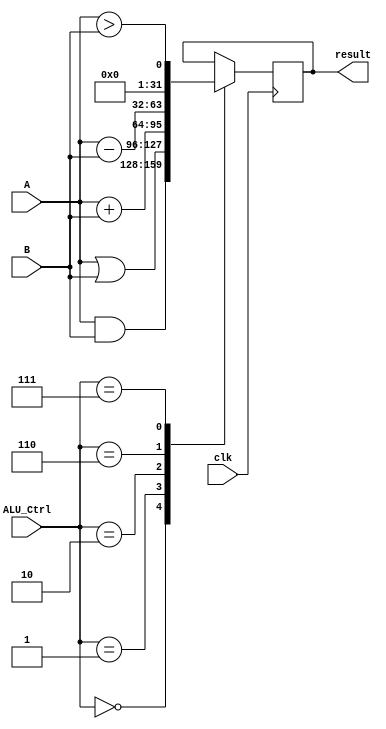
module ALU(result, A, B, ALU_Ctrl, clk);
output reg[31:0]result;
input [31:0] A, B;
input [3:0] ALU_Ctrl;
input clk;

always@(posedge clk)			//3
case(ALU_Ctrl)
	4'b0000: result <= A & B; //AND
	4'b0001: result <= A | B; //OR
	4'b0010: result <= A + B; //add
	4'b0110: result <= A - B; //sub
	4'b0111: result <= A > B; //set-on-less-than
endcase

endmodule

module ALUControl(ALU_Ctrl, ALUop, func, clk);
output reg [3:0] ALU_Ctrl;
input [1:0] ALUop;
input [5:0] func;
input clk;
reg [1:0] ALUopR;
reg [5:0] funcR;

always@(posedge clk)			//1
begin
	ALUopR <= ALUop; funcR <= func;
end
always@(posedge clk)			//2
begin
	case(ALUopR)
		2'b0: ALU_Ctrl <= 4'b0010; //add
		2'b1: ALU_Ctrl <= 4'b0110; //sub
		2'b10: case(funcR)
				6'b100000: ALU_Ctrl <= 4'b0010; //add
				6'b100010: ALU_Ctrl <= 4'b0110; //sub
				6'b100100: ALU_Ctrl <= 4'b0000; //AND
				6'b100101: ALU_Ctrl <= 4'b0001; //OR
				6'b101010: ALU_Ctrl <= 4'b0111; //set-on-less-than
				default: begin 
						$display("func: 6'b%b is NOT working! Set ALU_Ctrl to 4'b0 automatically.",func);
						ALU_Ctrl <= 4'b0; //AND
			 		 end
		       endcase
		default: begin 
				$display("ALUop: 2'b%b is NOT working! Set ALU_Ctrl to 4'b0 automatically.",ALUop);
				ALU_Ctrl <= 4'b0; //AND 
			 end
	endcase
end

endmodule

module RF(A, B, rs1, rs2, rd, we, clk, result);
input we, clk;
input [4:0] rs1, rs2, rd;
input [31:0] result;
output reg [31:0] A, B;
reg [31:0] register[31:0];
reg [4:0] rs1R, rs2R, rd1, rd2, rd3;
reg we1, we2, we3;

integer i;				//initial register value
initial
for(i = 0; i < 32; i = i+1)
	register[i] <= 5*i + 5;

always@(posedge clk)	//1
begin
	rd1 <= rd; we1 <= we; rs1R <= rs1; rs2R <= rs2;
end
always@(posedge clk)	//2
begin
	rd2 <= rd1; we2 <= we1; A <= register[rs1R]; B <= register[rs2R];
end
always@(posedge clk)	//3
begin
	rd3 <= rd2; we3 <= we2;
end
always@(posedge clk)	//4
if(we3) register[rd3] <= result;

endmodule